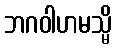
ဘဂဝါဟမသ္မိ